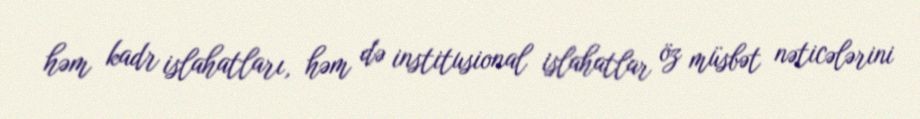
həm kadr islahatları, həm də institusional islahatlar öz müsbət nəticələrini